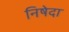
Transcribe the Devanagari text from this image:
निषेदा